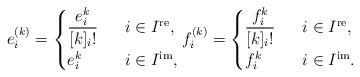
LaTeX: \begin{align*}e_i^{(k)}= \begin{cases} \dfrac{e_i^k}{[k]_i!} \ & \ i \in I^{\mathrm{re}}, \\ e_i^k \ & \ i \in I^{\mathrm{im}},\end{cases} f_i^{(k)}= \begin{cases} \dfrac{f_i^k}{[k]_i!} \ & \ i \in I^{\mathrm{re}}, \\ f_i^k \ & \ i \in I^{\mathrm{im}}.\end{cases}\end{align*}